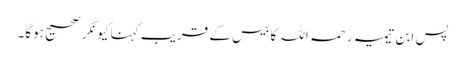
پس ابن تیمیہ رحمہ اللہ کا بیس کے قریب کہنا کیونکر صحیح ہوگا۔